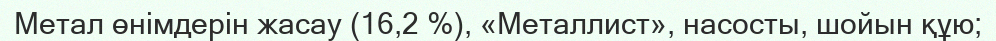
Метал өнімдерін жасау (16,2 %), «Металлист», насосты, шойын құю;